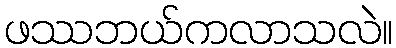
ဖဿဘယ်ကလာသလဲ။